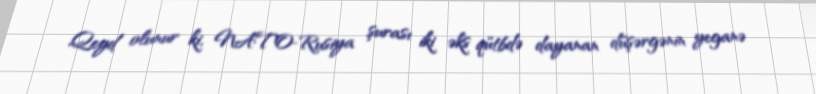
Qeyd olunur ki, NATO-Rusiya şurası iki əks qütbdə dayanan düşərgənin yeganə